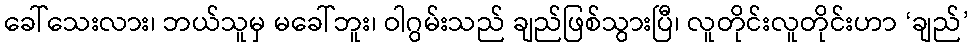
ခေါ်သေးလား၊ ဘယ်သူမှ မခေါ်ဘူး၊ ဝါဂွမ်းသည် ချည်ဖြစ်သွားပြီ၊ လူတိုင်းလူတိုင်းဟာ ‘ချည်’